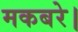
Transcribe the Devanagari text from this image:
मकबरे।